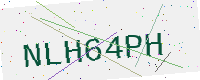
Text: NLH64PH